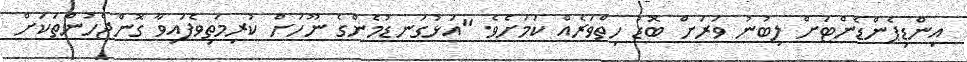
އިންޑިޕެންޑެންޓަށް ލިބުނު ވަރަށް ބޮޑު ހިތްވަރެއް ކަމަށެވެ. "އަޅުގަނޑުމެންގެ ނޫހަށް ކުރިމަތިވެފައިވާ ގޮންޖެހުންތަކަށް